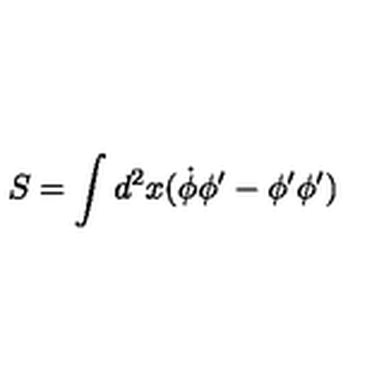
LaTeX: S = \int d ^ { 2 } x ( \dot { \phi } \phi ^ { \prime } - \phi ^ { \prime } \phi ^ { \prime } )